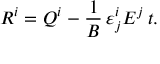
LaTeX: R ^ { i } = Q ^ { i } - \frac { 1 } { B } \, \varepsilon _ { j } ^ { i } E ^ { j } \, t .